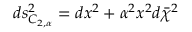
d s _ { C _ { 2 , \alpha } } ^ { 2 } = d x ^ { 2 } + \alpha ^ { 2 } x ^ { 2 } d \bar { \chi } ^ { 2 }